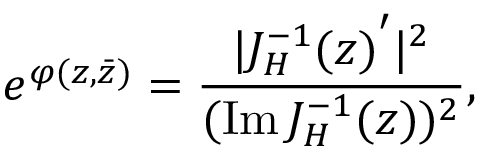
e ^ { \varphi ( z , \bar { z } ) } = { \frac { | { J _ { H } ^ { - 1 } ( z ) } ^ { \prime } | ^ { 2 } } { ( \mathrm { I m } \, J _ { H } ^ { - 1 } ( z ) ) ^ { 2 } } } ,